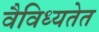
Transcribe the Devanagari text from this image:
वैविध्यतेत